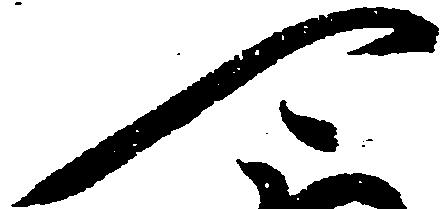
可